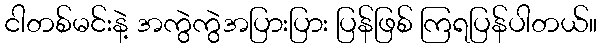
ငါတစ်မင်းနဲ့ အကွဲကွဲအပြားပြား ပြန်ဖြစ် ကြရပြန်ပါတယ်။